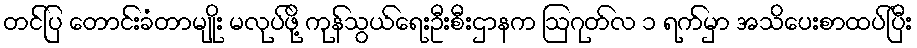
တင်ပြ တောင်းခံတာမျိုး မလုပ်ဖို့ ကုန်သွယ်ရေးဦးစီးဌာနက ဩဂုတ်လ ၁ ရက်မှာ အသိပေးစာထပ်ပြီး